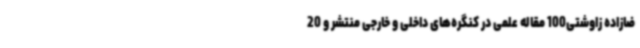
ضازاده زاوشتی100 مقاله علمی در کنگره‌های داخلی و خارجی منتشر و 20